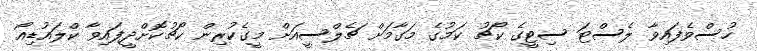
ހުސްވެފައިވާ ލެސްޓަ ސިޓީގެ ކޯޗު ކަމުގެ މަގާމަށް ޗެލްސީއަށް މީގެކުރިން ކޯޗުކޮށްދީފައިވާ ކްލައުޑިއޯ